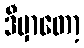
ဒီမှာတော့